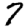
Digit: 7